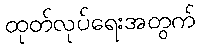
ထုတ်လုပ်ရေးအတွက်